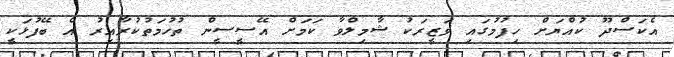
އެކަސްދޫ ކުއްޔަށް ހިފުމުގައި ވަޒީރަކު ޝާމިލްވާ ކަމަށް އޭސީސީން ތުހުމަތުކުރާއިރު އެ ބޭފުޅަކީ